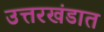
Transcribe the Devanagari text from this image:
उत्तरखंडात